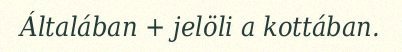
Általában + jelöli a kottában.